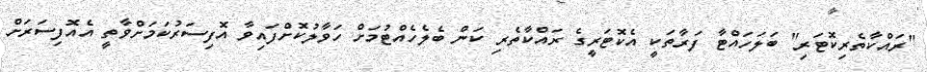
"ރައްކާތެރިކޮޓަރި" ބަލަހައްޓާ ފަރާތަކީ އެކޮޓަރީގެ ރައްކާތެރި ކަން ބެލެހެއްޓުމަށް ހަވާލުކޮށްފައިވާ އޮފިސަރުކަމަށްވާތީ އެއޮފިސަރަށް